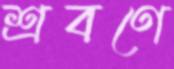
শ্রবণে